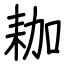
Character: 耞